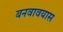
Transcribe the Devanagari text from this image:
बनवावयास